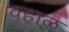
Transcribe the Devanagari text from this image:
वहाळ